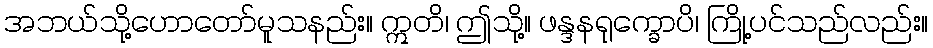
အဘယ်သို့ဟောတော်မူသနည်း။ ဣတိ၊ ဤသို့။ ဖန္ဒနရုက္ခောပိ၊ ကြို့ပင်သည်လည်း။